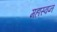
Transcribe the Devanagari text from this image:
महास्‍वप्‍न